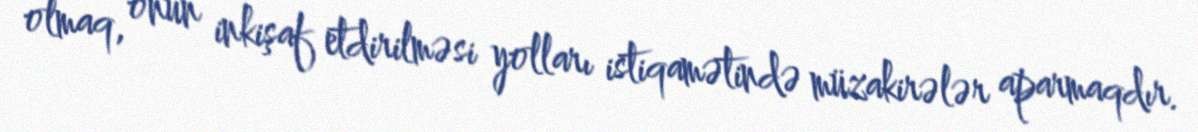
olmaq, onun inkişaf etdirilməsi yolları istiqamətində müzakirələr aparmaqdır.